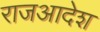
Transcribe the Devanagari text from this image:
राजआदेश